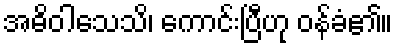
အဓိဝါသေသိ၊ ကောင်းပြီဟု ဝန်ခံ၏။